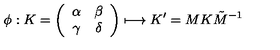
\phi : K = \left( \begin{array} { c c } { \alpha } & { \beta } \\ { \gamma } & { \delta } \\ \end{array} \right) \longmapsto K ^ { \prime } = M K \tilde { M } ^ { - 1 }